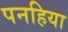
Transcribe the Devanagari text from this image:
पनहिया